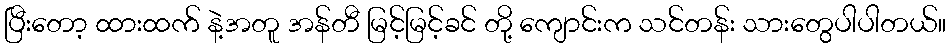
ပြီးတော့ ထားထက် နဲ့အတူ အန်တီ မြင့်မြင့်ခင် တို့ ကျောင်းက သင်တန်း သားတွေပါပါတယ်။